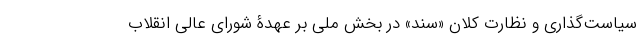
سیاست‌گذاری و نظارت کلان «سند» در بخش ملی بر عهدۀ شورای عالی انقلاب